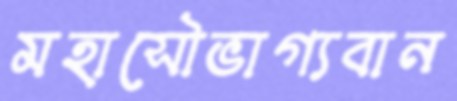
মহাসৌভাগ্যবান